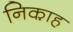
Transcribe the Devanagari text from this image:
निका़ह